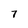
Character: 7